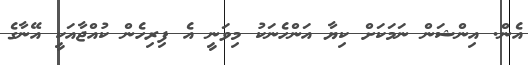
އެން. އިންޝަން ނަމަކަށް ކިޔާ އަންހެނަކު މިވަނީ އެ ފިރިހެން ކުއްޖާއަކީ އޭނާގެ